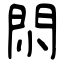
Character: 𨳒